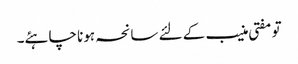
تو مفتی منیب کے لئے سانحہ ہونا چاہئے۔